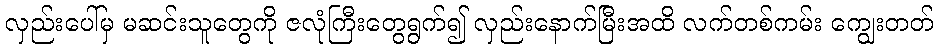
လှည်းပေါ်မှ မဆင်းသူတွေကို ဇလုံကြီးတွေရွက်၍ လှည်းနောက်မြီးအထိ လက်တစ်ကမ်း ကျွေးတတ်